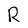
Character: R